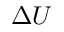
\Delta U